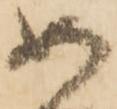
如